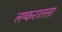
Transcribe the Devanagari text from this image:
लष्करातला